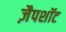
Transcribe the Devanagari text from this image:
ज़ैपशॉट